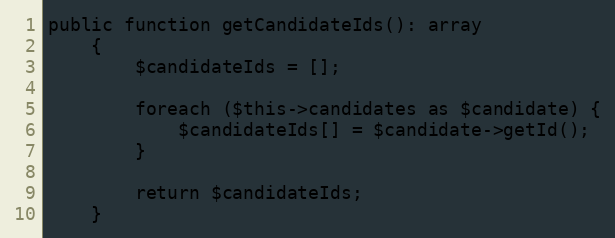
Language: PHP
public function getCandidateIds(): array
    {
        $candidateIds = [];

        foreach ($this->candidates as $candidate) {
            $candidateIds[] = $candidate->getId();
        }

        return $candidateIds;
    }